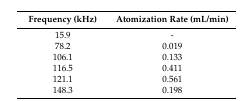
<table><thead><tr><td><b>Frequency (kHz)</b></td><td><b>Atomization Rate (mL/min)</b></td></tr></thead><tbody><tr><td>15.9</td><td>-</td></tr><tr><td>78.2</td><td>0.019</td></tr><tr><td>106.1</td><td>0.133</td></tr><tr><td>116.5</td><td>0.411</td></tr><tr><td>121.1</td><td>0.561</td></tr><tr><td>148.3</td><td>0.198</td></tr></tbody></table>